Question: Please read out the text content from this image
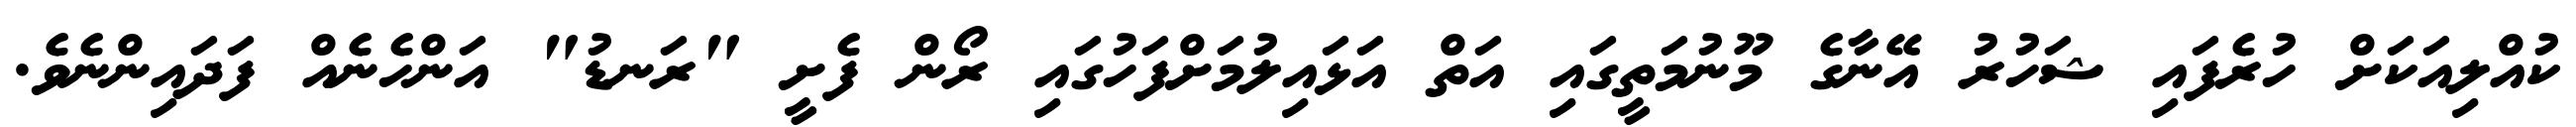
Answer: ކުއްލިއަކަށް ހުރެފައި ޝަހުރު އޭނާގެ މޫނުމަތީގައި އަތް އަޅައިލުމަށްފަހުގައި ރޯން ފެށީ "ރަނޑު" އަންހެނެއް ފަދައިންނެވެ.